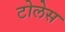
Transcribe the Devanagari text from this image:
टोलेस